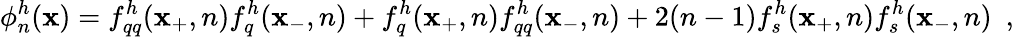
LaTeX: \phi_{n}^{h}(\mathbf{x})=f_{qq}^{h}(\mathbf{x}_{+},n)f_{q}^{h}(\mathbf{x}_{-},n)+f_{q}^{h}(\mathbf{x}_{+},n)f_{qq}^{h}(\mathbf{x}_{-},n)+2(n-1)f_{s}^{h}(\mathbf{x}_{+},n)f_{s}^{h}(\mathbf{x}_{-},n)\ \ ,